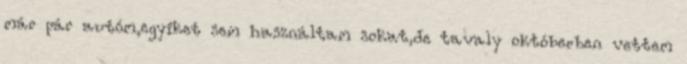
már pár autóm,egyiket sem használtam sokat,de tavaly októberben vettem